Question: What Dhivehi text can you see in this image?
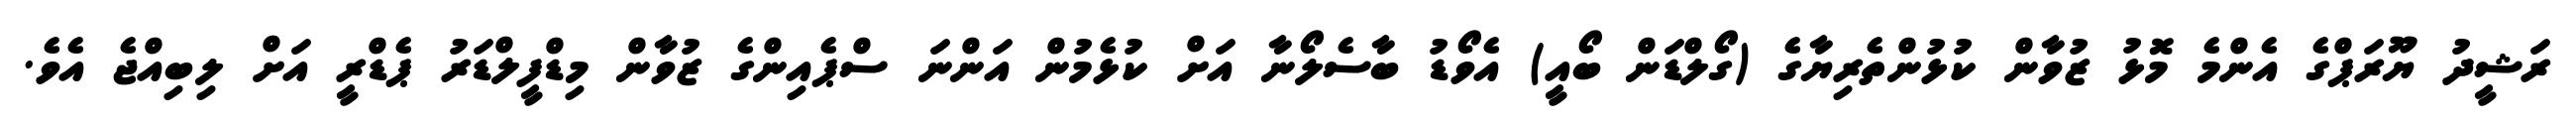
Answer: ރަޝީދު ޔޫރަޕްގެ އެންމެ މޮޅު ޒުވާން ކުޅުންތެރިޔާގެ (ގޯލްޑަން ބޯއީ) އެވޯޑު ބާސެލޯނާ އަށް ކުޅެމުން އަންނަ ސްޕެއިންގެ ޒުވާން މިޑްފީލްޑަރު ޕެޑްރީ އަށް ލިބިއްޖެ އެވެ.